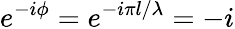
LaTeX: e^{-i\phi}=e^{-i\pi l/\lambda}=-i